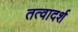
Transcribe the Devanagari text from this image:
तत्वादर्श